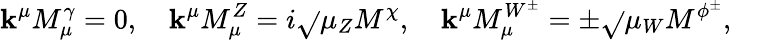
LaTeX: \mathbf{k}^{\mu}M_{\mu}^{\gamma}=0,\quad\mathbf{k}^{\mu}M_{\mu}^{Z}=i\sqrt{}{{\mu_{Z}}}M^{\chi},\quad\mathbf{k}^{\mu}M_{\mu}^{W^{\pm}}=\pm\sqrt{}{{\mu_{W}}}M^{\phi^{\pm}},\quad